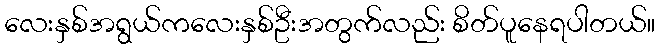
လေးနှစ်အရွယ်ကလေးနှစ်ဦးအတွက်လည်း စိတ်ပူနေရပါတယ်။